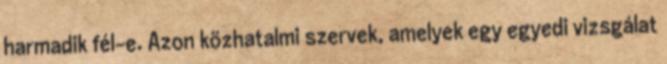
harmadik fél-e. Azon közhatalmi szervek, amelyek egy egyedi vizsgálat